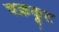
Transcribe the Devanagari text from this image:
चक्रकूट